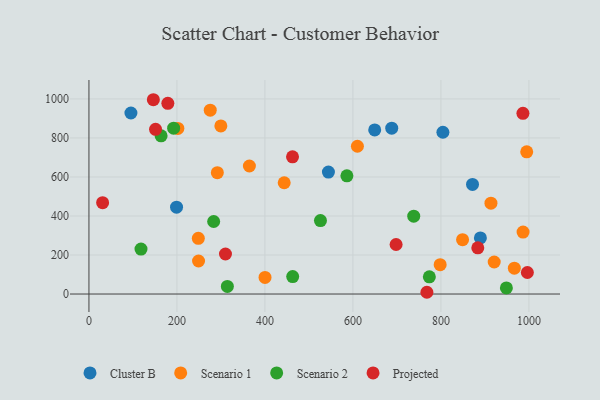
{"axis": {"x": "Experience", "y": "Exam Score"}, "legend": ["Cluster B", "Projected", "Scenario 1", "Scenario 2"], "data": [{"x": "199.1", "y": 445.1, "type": "Cluster B"}, {"x": "649.5", "y": 841.4, "type": "Cluster B"}, {"x": "95.4", "y": 928.0, "type": "Cluster B"}, {"x": "544.3", "y": 625.2, "type": "Cluster B"}, {"x": "804.5", "y": 829.3, "type": "Cluster B"}, {"x": "889.7", "y": 287.5, "type": "Cluster B"}, {"x": "871.8", "y": 561.7, "type": "Cluster B"}, {"x": "688.2", "y": 850.1, "type": "Cluster B"}, {"x": "275.7", "y": 942.3, "type": "Scenario 1"}, {"x": "798.3", "y": 150.7, "type": "Scenario 1"}, {"x": "364.7", "y": 656.2, "type": "Scenario 1"}, {"x": "986.7", "y": 317.5, "type": "Scenario 1"}, {"x": "921.1", "y": 164.2, "type": "Scenario 1"}, {"x": "248.6", "y": 285.3, "type": "Scenario 1"}, {"x": "400.2", "y": 84.9, "type": "Scenario 1"}, {"x": "299.8", "y": 861.5, "type": "Scenario 1"}, {"x": "202.1", "y": 848.9, "type": "Scenario 1"}, {"x": "610.2", "y": 757.6, "type": "Scenario 1"}, {"x": "443.8", "y": 570.4, "type": "Scenario 1"}, {"x": "913.7", "y": 465.5, "type": "Scenario 1"}, {"x": "995.0", "y": 729.1, "type": "Scenario 1"}, {"x": "966.9", "y": 132.5, "type": "Scenario 1"}, {"x": "291.8", "y": 622.1, "type": "Scenario 1"}, {"x": "249.1", "y": 169.2, "type": "Scenario 1"}, {"x": "849.2", "y": 278.5, "type": "Scenario 1"}, {"x": "526.2", "y": 376.6, "type": "Scenario 2"}, {"x": "283.5", "y": 371.9, "type": "Scenario 2"}, {"x": "192.5", "y": 850.0, "type": "Scenario 2"}, {"x": "118.3", "y": 230.2, "type": "Scenario 2"}, {"x": "586.3", "y": 605.8, "type": "Scenario 2"}, {"x": "773.7", "y": 88.1, "type": "Scenario 2"}, {"x": "463.1", "y": 89.3, "type": "Scenario 2"}, {"x": "738.2", "y": 399.0, "type": "Scenario 2"}, {"x": "948.8", "y": 31.3, "type": "Scenario 2"}, {"x": "164.0", "y": 811.2, "type": "Scenario 2"}, {"x": "314.6", "y": 39.0, "type": "Scenario 2"}, {"x": "986.4", "y": 926.3, "type": "Projected"}, {"x": "31.1", "y": 468.1, "type": "Projected"}, {"x": "698.1", "y": 254.0, "type": "Projected"}, {"x": "310.3", "y": 205.3, "type": "Projected"}, {"x": "146.4", "y": 996.0, "type": "Projected"}, {"x": "883.8", "y": 236.7, "type": "Projected"}, {"x": "179.3", "y": 977.4, "type": "Projected"}, {"x": "462.7", "y": 703.5, "type": "Projected"}, {"x": "768.1", "y": 9.0, "type": "Projected"}, {"x": "151.4", "y": 844.5, "type": "Projected"}, {"x": "996.5", "y": 110.4, "type": "Projected"}]}